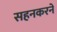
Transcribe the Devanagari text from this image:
सहनकरने